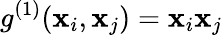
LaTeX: {g}^{(1)}(\mathbf{x}_{i},\mathbf{x}_{j})=\mathbf{x}_{i}\mathbf{x}_{j}